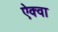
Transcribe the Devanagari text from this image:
ऐक्वा